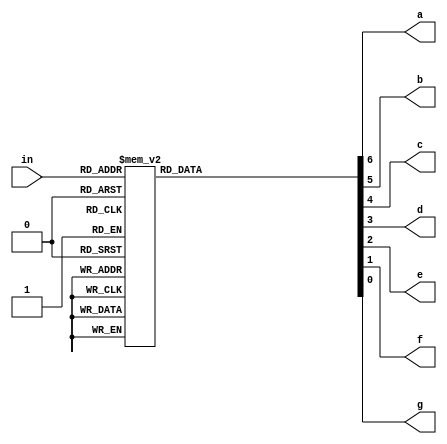
module decoder_7(in,a,b,c,d,e,f,g);
input [3:0] in;
output a,b,c,d,e,f,g;
reg a,b,c,d,e,f,g;
always@(*)
  begin 
      case (in)
      0: {a,b,c,d,e,f,g}=7'b0000001;
      1: {a,b,c,d,e,f,g}=7'b1001111;
      2: {a,b,c,d,e,f,g}=7'b0010010;
      3: {a,b,c,d,e,f,g}=7'b0000110;
      4: {a,b,c,d,e,f,g}=7'b1001100;
      5: {a,b,c,d,e,f,g}=7'b0100100;
      6: {a,b,c,d,e,f,g}=7'b0100000;
      7: {a,b,c,d,e,f,g}=7'b0001111;
      8: {a,b,c,d,e,f,g}=7'b0000000;
      9: {a,b,c,d,e,f,g}=7'b0000100;
      default:  {a,b,c,d,e,f,g}=7'b1111111;
      endcase
end
endmodule